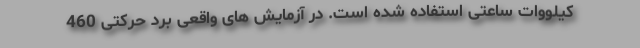
کیلووات ساعتی استفاده شده است. در آزمایش های واقعی برد حرکتی 460